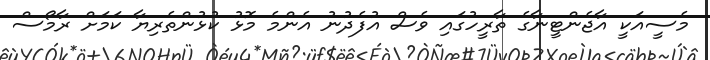
މެސީއަކީ އާޖެންޓީނާގެ ތާރީހުގައި ވެސް އުފެދުނު އެންމެ މޮޅު ކުޅުންތެރިޔާ ކަމަށް ރާމޯސް